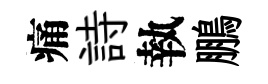
痛詩執鵬